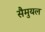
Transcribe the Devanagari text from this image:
सैमुयल